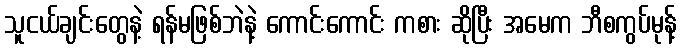
သူငယ်ချင်းတွေနဲ့ ရန်မဖြစ်ဘဲနဲ့ ကောင်းကောင်း ကစား ဆိုပြီး အမေက ဘီစကွပ်မုန့်